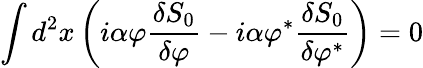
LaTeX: \int d^{2}x\left(i\alpha\varphi\frac{\delta S_{0}}{\delta\varphi}-i\alpha\varphi^{\ast}\frac{\delta S_{0}}{\delta\varphi^{\ast}}\right)=0